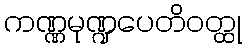
ကဏ္ဏမုဏ္ဍပေတိဝတ္ထု